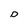
Character: D